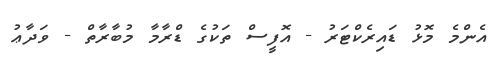
އެންމެ މޮޅު ޑައިރެކްޓަރު - އޮފީސް ތަކުގެ ޑްރާމާ މުބާރާތް - ވަދާޢު